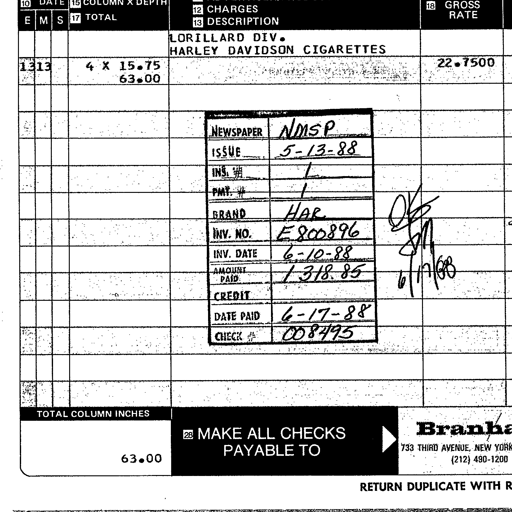
Transcript:
10 DATE 15 COLUMN X DEPTH 12 CHARGES 13 DESCRIPTION 18 GROSS RATE
E M S 17 TOTAL
LORILLARD DIV.
HARLEY DAVIDSON CIGARETTES
1313 4 X 15.75 22.7500
63.00
NEWSPAPER NMSP
ISSUE 5-13-88
INS. # 1
PMT. # 1
BRAND HAR
INV. NO. E800896
INV. DATE 6-10-88
AMOUNT PAID 1318.85
CREDIT
DATE PAID 6-17-88
CHECK # 008495
OK
SM
6/17/88
TOTAL COLUMN INCHES
63.00
28 MAKE ALL CHECKS PAYABLE TO
Branha
733 THIRD AVENUE, NEW YORK
(212) 490-1200
RETURN DUPLICATE WITH R